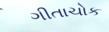
ગીતાચોક